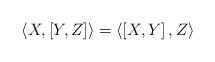
LaTeX: \begin{align*}\left\langle X,\left[ Y,Z\right] \right\rangle =\left\langle \left[ X,Y\right] ,Z\right\rangle \end{align*}